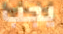
يجب